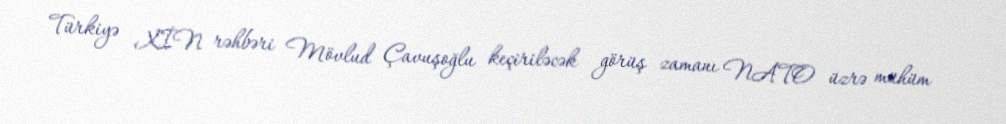
Türkiyə XİN rəhbəri Mövlud Çavuşoğlu keçiriləcək görüş zamanı NATO üzrə mühüm